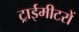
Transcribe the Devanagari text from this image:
ट्राईमीटरों